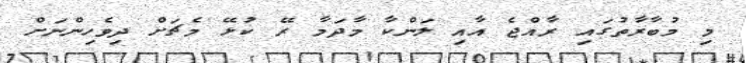
މި މުބާރާތުގައި ރާއްޖެ އާއި ލަންކާ މާދަމާ ރޭ ކުޅޭ މެޗަށް ދިވެހިންނަށް